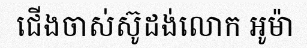
ជើងចាស់ស៊ូដង់លោក អូម៉ា